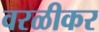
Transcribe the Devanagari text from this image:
वरळीकर